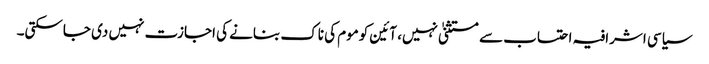
سیاسی اشرافیہ احتساب سے مستثنیٰ نہیں، آئین کوموم کی ناک بنانے کی اجازت نہیں دی جاسکتی۔